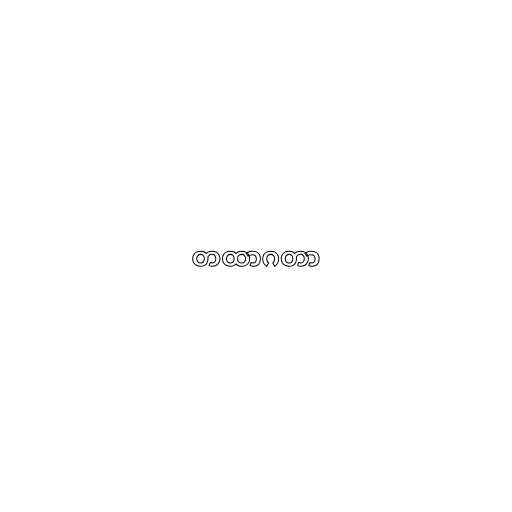
တထာဂတာ